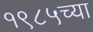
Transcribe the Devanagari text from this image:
१९८५च्या